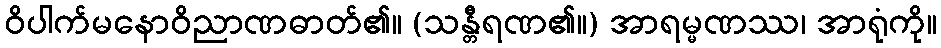
ဝိပါက်မနောဝိညာဏဓာတ်၏။ (သန္တီရဏ၏။) အာရမ္မဏဿ၊ အာရုံကို။